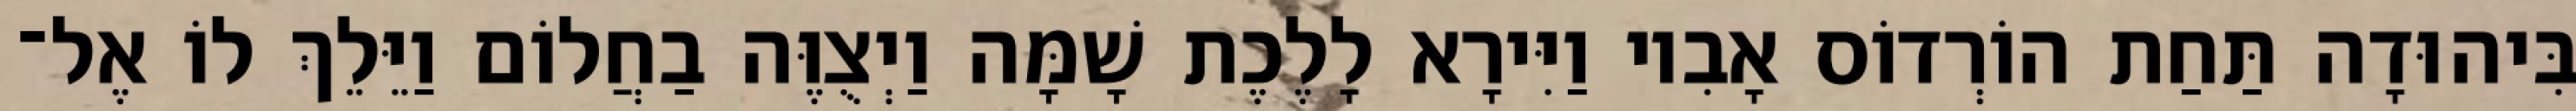
בִּיהוּדָה תַּחַת הוֹרְדוֹס אָבִיו וַיִּירָא לָלֶכֶת שָׁמָּה וַיְצֻוֶּה בַחֲלוֹם וַיֵּלֵךְ לוֹ אֶל־